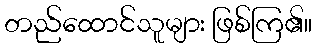
တည်ထောင်သူများ ဖြစ်ကြ၏။